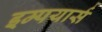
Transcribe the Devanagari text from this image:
इम्पयार्स